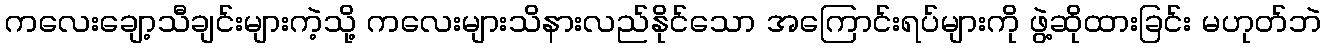
ကလေးချော့သီချင်းများကဲ့သို့ ကလေးများသိနားလည်နိုင်သော အကြောင်းရပ်များကို ဖွဲ့ဆိုထားခြင်း မဟုတ်ဘဲ